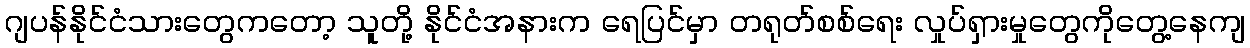
ဂျပန်နိုင်ငံသားတွေကတော့ သူတို့ နိုင်ငံအနားက ရေပြင်မှာ တရုတ်စစ်ရေး လှုပ်ရှားမှုတွေကိုတွေ့နေကျ